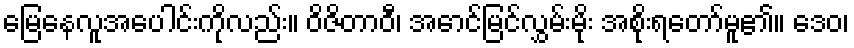
မြေနေလူအပေါင်းကိုလည်း။ ဝိဇိတာဝီ၊ အောင်မြင်လွှမ်းမိုး အစိုးရတော်မူ၏။ ဒေဝ၊